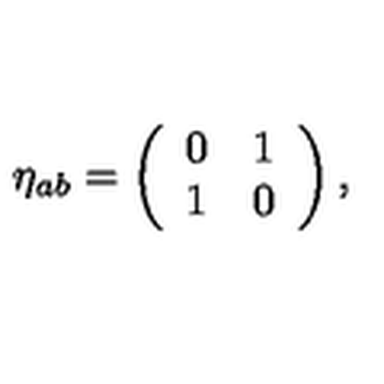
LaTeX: \eta _ { a b } = \left( \begin{array} { c c } { 0 } & { 1 } \\ { 1 } & { 0 } \\ \end{array} \right) ,